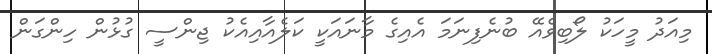
މިއަދު މީހަކު ލޯބިވެއޭ ބުނެފިނަމަ އެއިގެ މާނައަކީ ކަލެއާއިއެކު ޖިންސީ ގުޅުން ހިންގަން